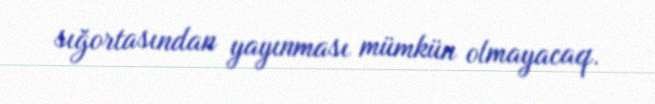
sığortasından yayınması mümkün olmayacaq.